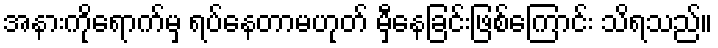
အနားကိုရောက်မှ ရပ်နေတာမဟုတ် မှီနေခြင်းဖြစ်ကြောင်း သိရသည်။